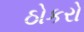
ઠોકરો